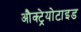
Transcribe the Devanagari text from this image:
औक्ट्रेयोटाइड